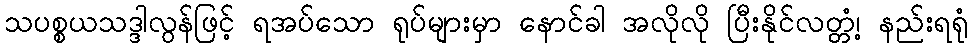
သပစ္စယသဒ္ဒါလွန်ဖြင့် ရအပ်သော ရုပ်များမှာ နောင်ခါ အလိုလို ပြီးနိုင်လတ္တံ့၊ နည်းရရုံ